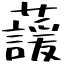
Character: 蘐